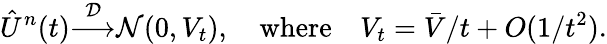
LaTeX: {\hat{U}}^{n}(t){\stackrel{\mathcal{D}}{\longrightarrow}}{\mathcal{N}}(0,V_{t}),\quad{\mathrm{where}}\quad V_{t}={\bar{V}}/t+O(1/t^{2}).